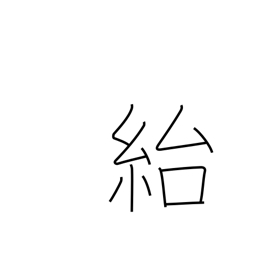
Meaning: deceive